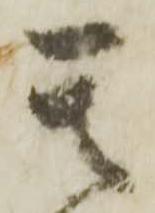
其